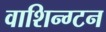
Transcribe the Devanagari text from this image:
वाशिन्ग्टन